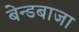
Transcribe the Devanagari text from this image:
बेन्डबाजा